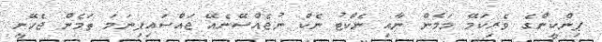
ޕިންކީންގެ ވެރިކަމޭ މަމެން ނާއި ނެކްޓު ނެކް ނުޖެއްސޭނެއޭ ޖައްސައިފިނަމަ ތަމެން ޖެހޭނީ